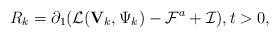
LaTeX: \begin{align*}R_k=\partial_1(\mathcal{L}({\mathbf V}_k,\Psi_k)-\mathcal{F}^a+\mathcal{I}), t>0,\end{align*}